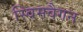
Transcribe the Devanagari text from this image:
स्विमवैगन